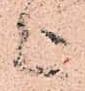
上